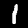
Digit: 1